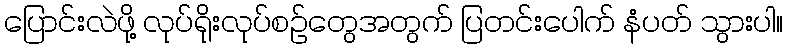
ပြောင်းလဲဖို့ လုပ်ရိုးလုပ်စဉ်တွေအတွက် ပြတင်းပေါက် နံပတ် သွားပါ။